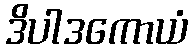
ဒိပါဒကောယံ